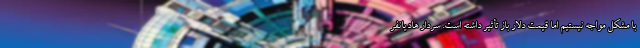
با مشکل مواجه نیستیم اما قیمت دلار باز تأثیر داشته است. سردار هادیانفر